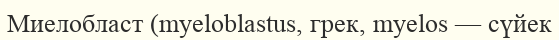
Миелобласт (myeloblastus, грек, myelos — сүйек